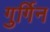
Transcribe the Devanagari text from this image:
गुर्गिन